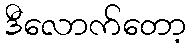
ဒီလောက်တော့